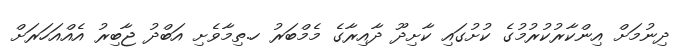
ދިނުމަށް އިންކާރުކުރުމުގެ ކުށުގައި ކާށިދޫ ދާއިރާގެ މެމްބަރު ހ.ތިމާވެށި އަބްދު ޖާބިރު އެއްއަހަރަށް